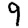
Digit: 9